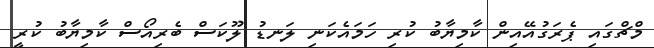
މްޗްގައި ޕެރަގުއޭއިން ކާމިޔާބު ކުރި ހަމައެކަނި ލަނޑު ލޫކަސް ބެރިއޯސް ކާމިޔާބު ކުރީ